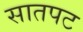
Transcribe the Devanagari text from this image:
सातपट